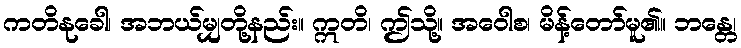
ကတိနုခေါ၊ အဘယ်မျှတို့နည်း။ ဣတိ၊ ဤသို့။ အဝေါစ၊ မိန့်တော်မူ၏။ ဘန္တေ၊